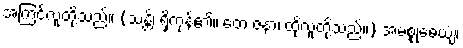
အကြင်လူတို့သည်။ (သန္တိ၊ ရှိကုန်၏။ တေ ဇနာ၊ ထိုလူတို့သည်။) အမစ္စုဓေယျံ၊